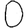
Digit: 0